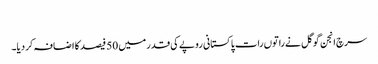
‎
سرچ انجن گوگل نے راتوں رات پاکستانی روپے کی قدر میں 50 فیصد کا اضافہ کردیا۔